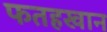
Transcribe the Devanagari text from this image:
फतहखान